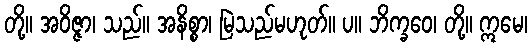
တို့။ အဝိဇ္ဇာ၊ သည်။ အနိစ္စာ၊ မြဲသည်မဟုတ်။ ပ။ ဘိက္ခဝေ၊ တို့။ ဣမေ၊